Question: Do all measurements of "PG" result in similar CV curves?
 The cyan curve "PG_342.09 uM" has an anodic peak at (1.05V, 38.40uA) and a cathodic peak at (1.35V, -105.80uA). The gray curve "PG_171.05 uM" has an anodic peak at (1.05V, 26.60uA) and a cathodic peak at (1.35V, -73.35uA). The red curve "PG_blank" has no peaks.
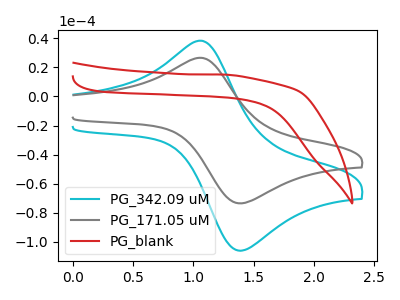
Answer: <think>All the peaks in "PG_342.09 uM" have a peak in "PG_171.05 uM" at the same potential. Every peak in "PG_342.09 uM" is higher than every peak in "PG_171.05 uM". "PG_342.09 uM" and "PG_blank" have a different number of peaks. "PG_171.05 uM" and "PG_blank" have a different number of peaks.
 </think>
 <answer>All the CV's of "PG" have similar shape.</answer>
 <eval>follow_rule</eval>